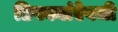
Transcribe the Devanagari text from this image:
ठिपक्यांऐवजी